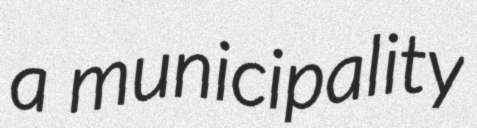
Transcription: a municipality